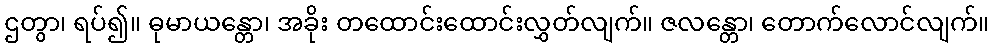
ဌတွာ၊ ရပ်၍။ ဓုမာယန္တော၊ အခိုး တထောင်းထောင်းလွှတ်လျက်။ ဇလန္တော၊ တောက်လောင်လျက်။